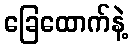
ခြေထောက်နဲ့